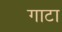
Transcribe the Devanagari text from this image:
गाटा